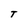
Character: T